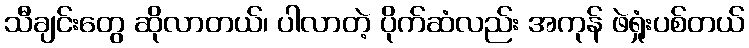
သီချင်းတွေ ဆိုလာတယ်၊ ပါလာတဲ့ ပိုက်ဆံလည်း အကုန် ဖဲရှုံးပစ်တယ်